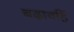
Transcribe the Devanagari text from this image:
बढ़ावहिं